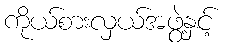
ကိုယ်စားလှယ်အဖွဲ့နှင့်